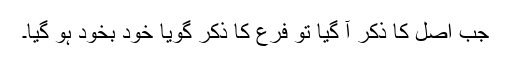
جب اصل کا ذکر آ گیا تو فرع کا ذکر گویا خود بخود ہو گیا۔